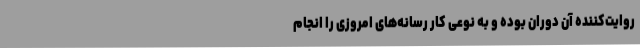
روایت‌کننده آن دوران بوده و به نوعی کار رسانه‌های امروزی را انجام